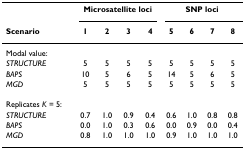
<table><thead><tr><td></td><td colspan="4"><b>Microsatellite loci</b></td><td colspan="4"><b>SNP loci</b></td></tr><tr><td><b>Scenario</b></td><td><b>1</b></td><td><b>2</b></td><td><b>3</b></td><td><b>4</b></td><td><b>5</b></td><td><b>6</b></td><td><b>7</b></td><td><b>8</b></td></tr></thead><tbody><tr><td>Modal value:</td><td></td><td></td><td></td><td></td><td></td><td></td><td></td><td></td></tr><tr><td><i>STRUCTURE</i></td><td>5</td><td>5</td><td>5</td><td>5</td><td>5</td><td>5</td><td>5</td><td>5</td></tr><tr><td><i>BAPS</i></td><td>10</td><td>5</td><td>6</td><td>5</td><td>14</td><td>5</td><td>6</td><td>5</td></tr><tr><td><i>MGD</i></td><td>5</td><td>5</td><td>5</td><td>5</td><td>5</td><td>5</td><td>5</td><td>5</td></tr><tr><td>Replicates <i>K </i>= 5:</td><td></td><td></td><td></td><td></td><td></td><td></td><td></td><td></td></tr><tr><td><i>STRUCTURE</i></td><td>0.7</td><td>1.0</td><td>0.9</td><td>0.4</td><td>0.6</td><td>1.0</td><td>0.8</td><td>0.8</td></tr><tr><td><i>BAPS</i></td><td>0.0</td><td>1.0</td><td>0.3</td><td>0.6</td><td>0.0</td><td>0.9</td><td>0.0</td><td>0.4</td></tr><tr><td><i>MGD</i></td><td>0.8</td><td>1.0</td><td>1.0</td><td>1.0</td><td>0.9</td><td>1.0</td><td>1.0</td><td>1.0</td></tr></tbody></table>